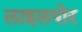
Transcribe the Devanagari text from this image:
लाइलपोर